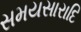
સમયસારાદિ